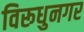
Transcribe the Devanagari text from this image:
विरूधुनगर